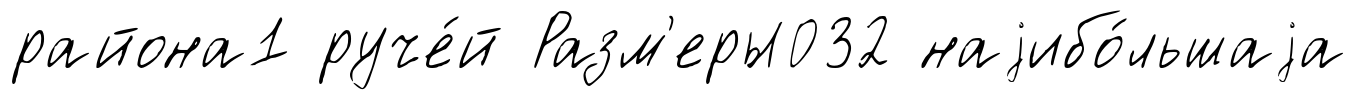
района1 руче́й Разм'еры032 наjибо́льшаjа